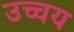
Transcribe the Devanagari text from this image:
उच्चय